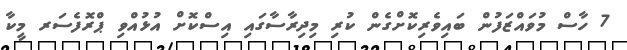
7 ހާސް މުވައްޒަފުން ބައިވެރިކޮށްގެން ކުރި މިދިރާސާގައި އިސްކޮށް އުޅުއްވި ޕްރޮފެސަރ މީކާ